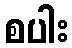
စပါး